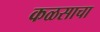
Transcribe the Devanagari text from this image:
कळसाचा